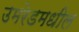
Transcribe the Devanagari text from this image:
उमरेडमधील